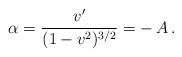
LaTeX: \begin{align*}\alpha = \frac{v'}{(1-v^{2})^{3/2}}= -\,A \,.\end{align*}